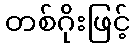
တစ်ဂိုးဖြင့်